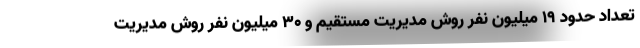
تعداد حدود 19 میلیون نفر روش مدیریت مستقیم و 30 میلیون نفر روش مدیریت